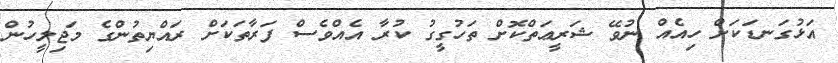
އަޅުގަނޑަކަށް ހިއެއް ނުވޭ ޝަރީޢަތްކޮށް ތަހުގީގު ކުރާ އެއްވެސް ފަރާތަކަށް ރައްޔިތުންގެ މަޖިލީހުން